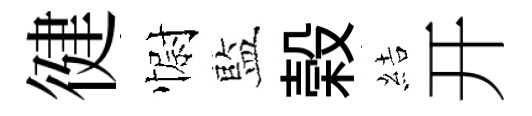
徤𢠢藍榖結开